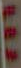
: